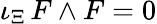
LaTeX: \iota_{\Xi}\, F\wedge F=0